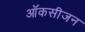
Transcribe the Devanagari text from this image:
ऑकसीजन